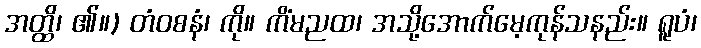
အတ္ထိ၊ ၏။) တံဝစနံ၊ ကို။ ကိံမညထ၊ အသို့အောက်မေ့ကုန်သနည်း။ ရူပံ၊